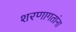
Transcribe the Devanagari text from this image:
शरणागतांना